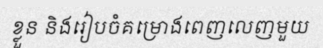
ខ្លួន និងរៀបចំគម្រោងពេញលេញមួយ